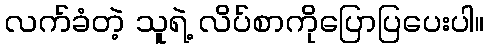
လက်ခံတဲ့ သူရဲ့ လိပ်စာကိုပြောပြပေးပါ။